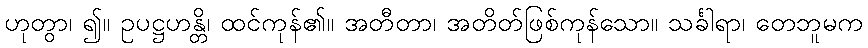
ဟုတွာ၊ ၍။ ဥပဋ္ဌဟန္တိ၊ ထင်ကုန်၏။ အတီတာ၊ အတိတ်ဖြစ်ကုန်သော။ သင်္ခါရာ၊ တေဘူမက